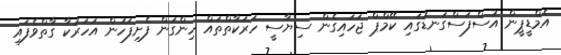
އެމްޑީޕީން އުސްފަސްގަނޑުގައި ކޭމްޕް ޖަހައިގެން ސިޔާސީ ހަރަކާތްތައް ހިންގަން ފެށިފަހުން އަހަރަކާ ގާތްވެފައި